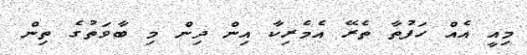
މިއީ އެއް ހަފުތާ ތެރޭ އެމެރިކާ އިން ދިން މި ބާވަތުގެ ތިން